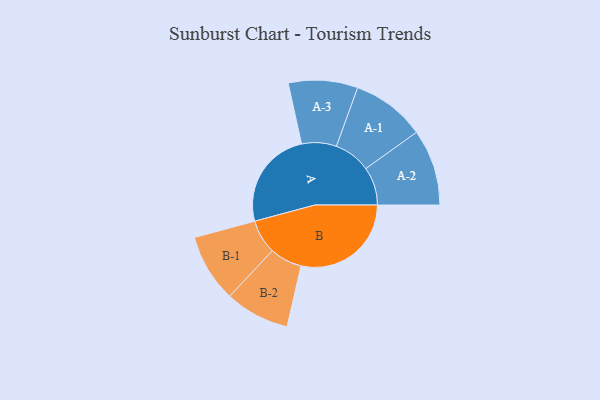
{"axis": {"x": "Segment", "y": "Value"}, "legend": ["", "A", "B"], "data": [{"x": "A", "y": 369, "type": ""}, {"x": "B", "y": 410, "type": ""}, {"x": "A-1", "y": 137, "type": "A"}, {"x": "A-2", "y": 142, "type": "A"}, {"x": "A-3", "y": 129, "type": "A"}, {"x": "B-1", "y": 127, "type": "B"}, {"x": "B-2", "y": 120, "type": "B"}]}